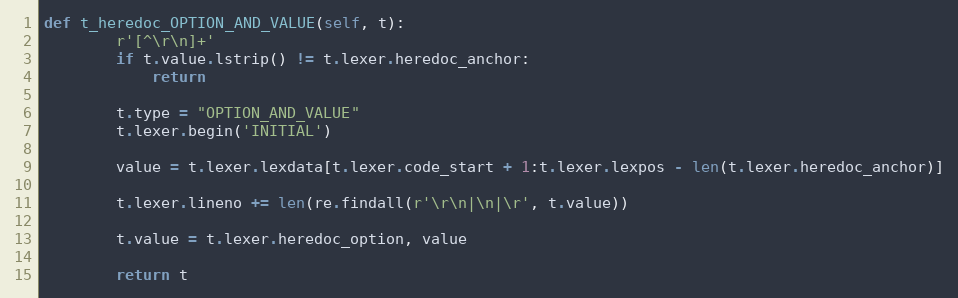
Language: Python
def t_heredoc_OPTION_AND_VALUE(self, t):
        r'[^\r\n]+'
        if t.value.lstrip() != t.lexer.heredoc_anchor:
            return

        t.type = "OPTION_AND_VALUE"
        t.lexer.begin('INITIAL')

        value = t.lexer.lexdata[t.lexer.code_start + 1:t.lexer.lexpos - len(t.lexer.heredoc_anchor)]

        t.lexer.lineno += len(re.findall(r'\r\n|\n|\r', t.value))

        t.value = t.lexer.heredoc_option, value

        return t